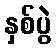
နှစ်ပွဲ